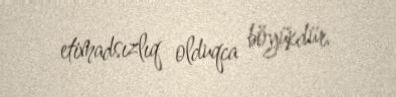
etimadsızlıq olduqca böyükdür.